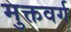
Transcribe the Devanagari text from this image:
मुक्तवर्ग